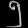
Digit: ၅